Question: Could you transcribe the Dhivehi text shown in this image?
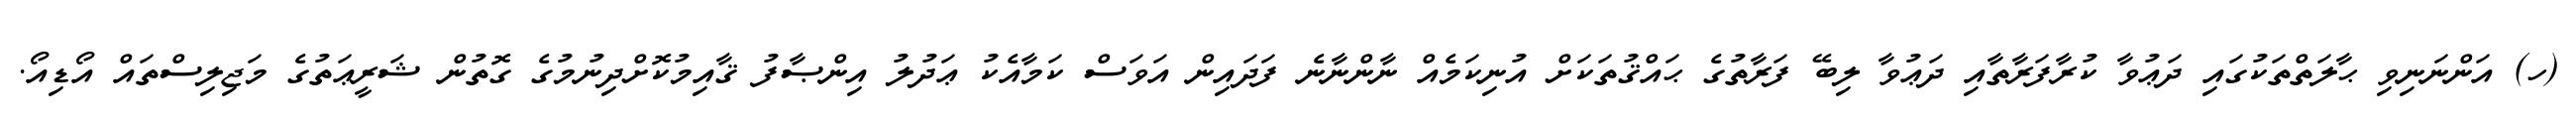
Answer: (ހ) އަންނަނިވި ޙާލަތްތަކުގައި ދަޢުވާ ކުރާފަރާތާއި ދަޢުވާ ލިބޭ ފަރާތުގެ ޙައްޤުތަކަށް އުނިކަމެއް ނާންނާނެ ފަދައިން އަވަސް ކަމާއެކު ޢަދުލު އިންޞާފު ޤާއިމުކޮށްދިނުމުގެ ގޮތުން ޝަރީޢަތުގެ މަޖިލިސްތައް އޯޑިއޯ.